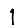
Digit: 1